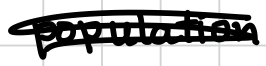
Text: population
Cross-out: mix
Writing tool: digital_black